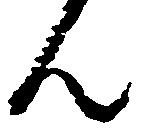
ん